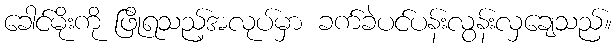
ခေါင်မိုးကို ဖြိုရသည့်အလုပ်မှာ ခက်ခဲပင်ပန်းလွန်းလှချေသည်။